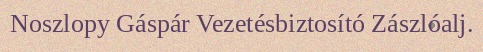
Noszlopy Gáspár Vezetésbiztosító Zászlóalj.